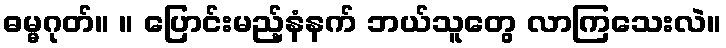
ဓမ္မဂုတ်။ ။ ပြောင်းမည့်နံနက် ဘယ်သူတွေ လာကြသေးလဲ။